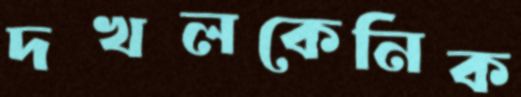
দখলকেনিক